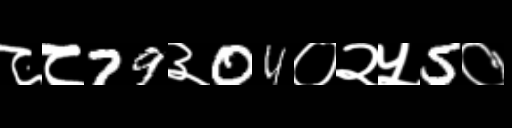
Text: ८८79३04०२५5०